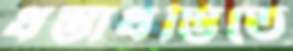
ধস্তাধস্তিতে